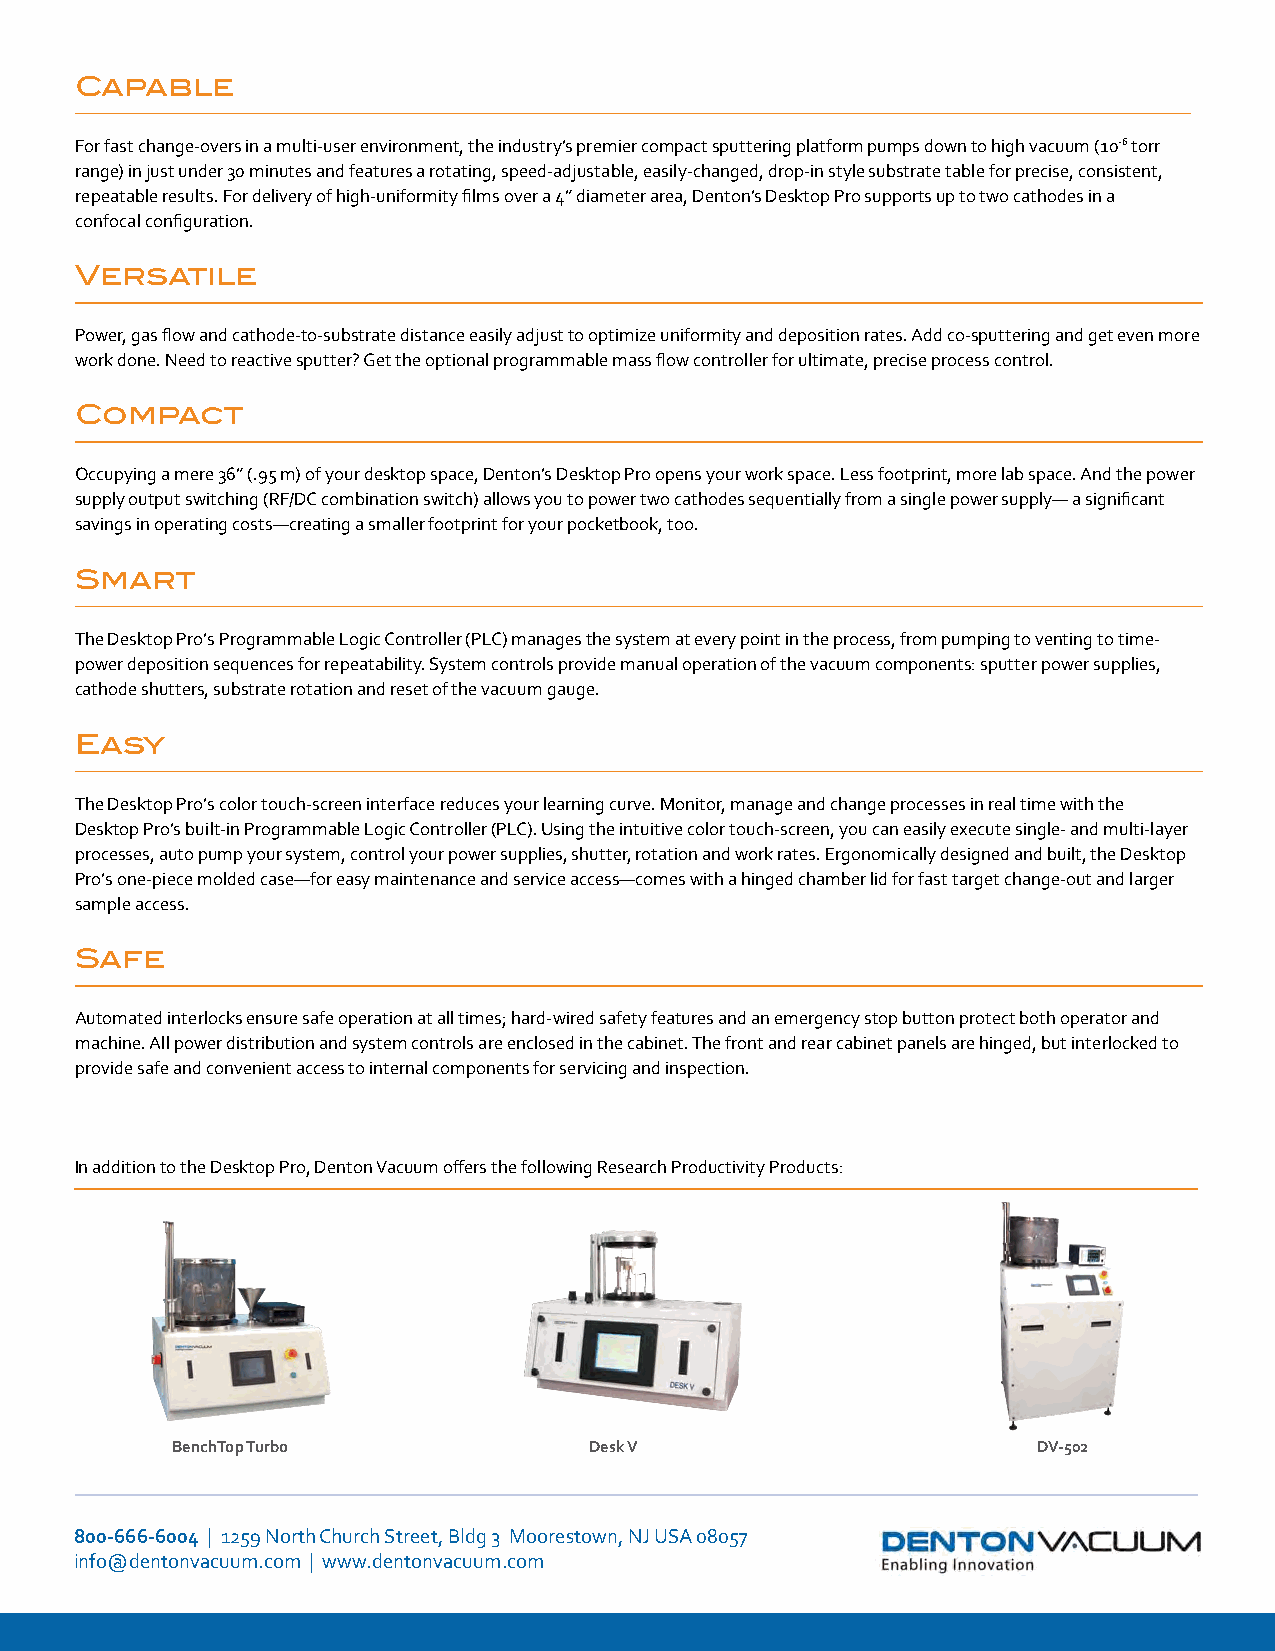
Capable
 For fast change-overs in a multi-user environment, the industry’s premier compact sputtering platform pumps down to high vacuum (10-6 torr
 range) in just under 30 minutes and features a rotating, speed-adjustable, easily-changed, drop-in style substrate table for precise, consistent,
 repeatable results. For delivery of high-uniformity films over a 4” diameter area, Denton’s Desktop Pro supports up to two cathodes in a
 confocal configuration.
 Versatile
 Power, gas flow and cathode-to-substrate distance easily adjust to optimize uniformity and deposition rates. Add co-sputtering and get even more
 work done. Need to reactive sputter? Get the optional programmable mass flow controller for ultimate, precise process control.
 Compact
 Occupying a mere 36” (.95 m) of your desktop space, Denton’s Desktop Pro opens your work space. Less footprint, more lab space. And the power
 supply output switching (RF/DC combination switch) allows you to power two cathodes sequentially from a single power supply— a significant
 savings in operating costs—creating a smaller footprint for your pocketbook, too.
 Smart
 The Desktop Pro’s Programmable Logic Controller (PLC) manages the system at every point in the process, from pumping to venting to time-
 power deposition sequences for repeatability. System controls provide manual operation of the vacuum components: sputter power supplies,
 cathode shutters, substrate rotation and reset of the vacuum gauge.
 Easy
 The Desktop Pro’s color touch-screen interface reduces your learning curve. Monitor, manage and change processes in real time with the
 Desktop Pro’s built-in Programmable Logic Controller (PLC). Using the intuitive color touch-screen, you can easily execute single- and multi-layer
 processes, auto pump your system, control your power supplies, shutter, rotation and work rates. Ergonomically designed and built, the Desktop
 Pro’s one-piece molded case—for easy maintenance and service access—comes with a hinged chamber lid for fast target change-out and larger
 sample access.
 Safe
 Automated interlocks ensure safe operation at all times; hard-wired safety features and an emergency stop button protect both operator and
 machine. All power distribution and system controls are enclosed in the cabinet. The front and rear cabinet panels are hinged, but interlocked to
 provide safe and convenient access to internal components for servicing and inspection.
 In addition to the Desktop Pro, Denton Vacuum offers the following Research Productivity Products:
 BenchTop Turbo              Desk V                        DV-502
 800-666-6004 | 1259 North Church Street, Bldg 3 Moorestown, NJ USA 08057
 info@dentonvacuum.com | www.dentonvacuum.com